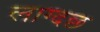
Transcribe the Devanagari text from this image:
लाग्दछ